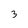
Character: 3